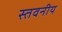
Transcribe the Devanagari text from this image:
स्तवनीय